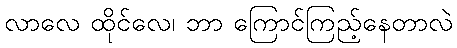
လာလေ ထိုင်လေ၊ ဘာ ကြောင်ကြည့်နေတာလဲ